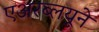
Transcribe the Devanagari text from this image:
एअरब्लयूने